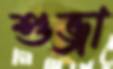
শুভ্রা